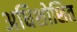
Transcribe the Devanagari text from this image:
अधिशोशित